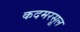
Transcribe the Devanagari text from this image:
कदमरसूल